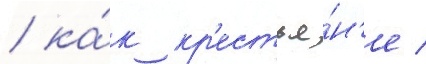
/ ка́к кр'естья́н'е /